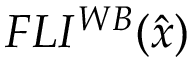
F L I ^ { { W B } } ( \hat { { x } } )